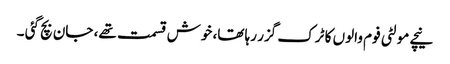
نیچے مولٹی فوم والوں کا ٹرک گزر رہا تھا، خوش قسمت تھے، جان بچ گئی ۔